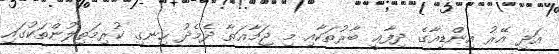
އަދި އޭރު އިންޑިއާގެ ދިފާޢީ ބާރުތަކާއި މި ޖަމާޢަތާ ދެމެދު ހިނގި ކުރިމަތިލުންތަކުގައި